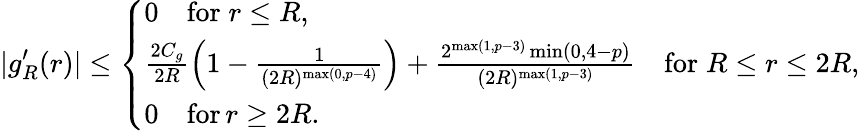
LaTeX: |g_{R}^{\prime}(r)|\leq\left\{ \begin{array}{ll}{0\quad\mathrm{for}\; r\leq R,}\\ {\frac{2C_{g}}{2R}\left(1-\frac{1}{(2R)^{\operatorname*{max}(0,p-4)}}\right)+\frac{2^{\operatorname*{max}(1,p-3)}\operatorname*{min}(0,4-p)}{(2R)^{\operatorname*{max}(1,p-3)}}\quad\mathrm{for}\; R\leq r\leq 2R,}\\ {0\quad\mathrm{for}\, r\geq 2R.}\end{array}\right.